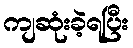
ကျဆုံးခဲ့ရပြီး